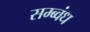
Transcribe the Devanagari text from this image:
सम्ब्वंध